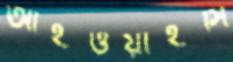
আইওয়াইসি